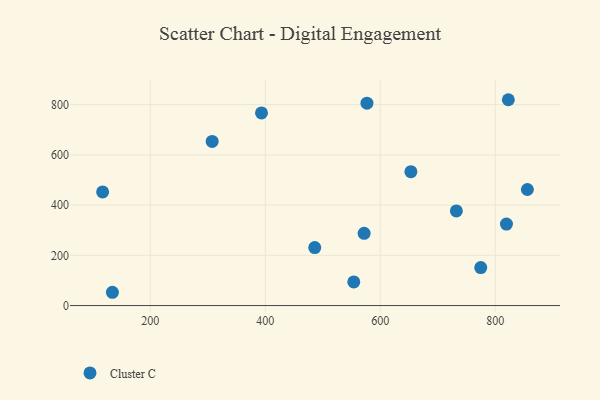
{"axis": {"x": "Price", "y": "Rating"}, "legend": ["Cluster C"], "data": [{"x": "572.0", "y": 287.7, "type": "Cluster C"}, {"x": "576.9", "y": 806.1, "type": "Cluster C"}, {"x": "774.8", "y": 151.2, "type": "Cluster C"}, {"x": "819.5", "y": 324.3, "type": "Cluster C"}, {"x": "134.2", "y": 52.9, "type": "Cluster C"}, {"x": "393.5", "y": 767.1, "type": "Cluster C"}, {"x": "117.2", "y": 452.5, "type": "Cluster C"}, {"x": "486.1", "y": 230.9, "type": "Cluster C"}, {"x": "307.7", "y": 653.7, "type": "Cluster C"}, {"x": "732.4", "y": 376.9, "type": "Cluster C"}, {"x": "554.0", "y": 94.2, "type": "Cluster C"}, {"x": "653.3", "y": 533.3, "type": "Cluster C"}, {"x": "822.8", "y": 819.7, "type": "Cluster C"}, {"x": "855.9", "y": 462.2, "type": "Cluster C"}]}